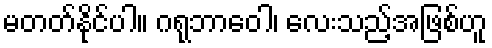
မတတ်နိုင်ပါ။ ဂရုဘာဝေါ၊ လေးသည့်အဖြစ်ဟူ